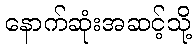
နောက်ဆုံးအဆင့်သို့